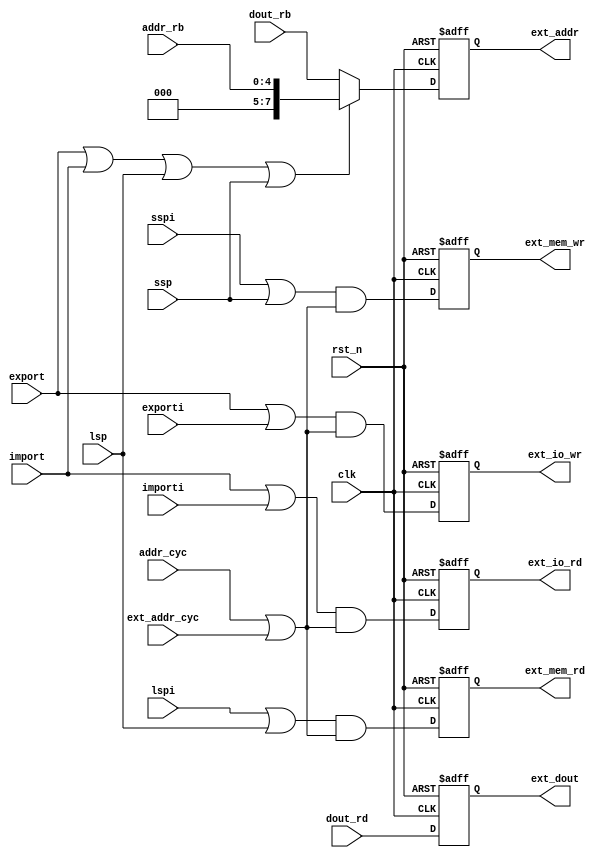
//----------------------------------------------------------------------------
// 
//  Name:   isp8_io_cntl.v
// 
//  Description:  Input/Output control logic
// 
//  $Revision: 1.0 $
//  
//----------------------------------------------------------------------------
// Permission:
//
//   Lattice Semiconductor grants permission to use this code for use
//   in synthesis for any Lattice programmable logic product.  Other
//   use of this code, including the selling or duplication of any
//   portion is strictly prohibited.
//
// Disclaimer:
//
//   This VHDL or Verilog source code is intended as a design reference
//   which illustrates how these types of functions can be implemented.
//   It is the user's responsibility to verify their design for
//   consistency and functionality through the use of formal
//   verification methods.  Lattice Semiconductor provides no warranty
//   regarding the use or functionality of this code.
//----------------------------------------------------------------------------
//
//    Lattice Semiconductor Corporation
//    5555 NE Moore Court
//    Hillsboro, OR 97124
//    U.S.A
//
//    TEL: 1-800-Lattice (USA and Canada)
//    408-826-6000 (other locations)
//
//    web: http://www.latticesemi.com/
//--------------------------------------------------------

module  isp8_io_cntl #(
              parameter PORT_AW=8
                       )
                      (
                       clk         ,
                       rst_n       ,
                       import      ,
                       importi     ,
                       export      ,
                       exporti     ,
                       ssp         ,
                       sspi        ,
                       lsp         ,
                       lspi        ,
                       addr_cyc    ,
                       ext_addr_cyc,
                       addr_rb     ,
                       dout_rd     ,
                       dout_rb     ,
                       ext_addr    ,
                       ext_dout    ,
                       ext_mem_wr  ,
                       ext_mem_rd  ,
                       ext_io_wr   ,
                       ext_io_rd   
                       );
    //inputs 
     input           clk          ;                    
     input           rst_n        ;
     input           import       ;
     input           importi      ;
     input           export       ;
     input           exporti      ;
     input           ssp          ;
     input           sspi         ;
     input           lsp          ;
     input           lspi         ;
     input           addr_cyc     ;
     input           ext_addr_cyc ;
            
     input  [4:0]            addr_rb    ;
     input  [7:0]            dout_rd    ;
     input  [7:0]            dout_rb    ;
     //outputs 
     output  [PORT_AW - 1:0]  ext_addr   ;
     output  [7:0]            ext_dout   ;
     output                   ext_mem_wr ;
     output                   ext_mem_rd ;
     output                   ext_io_wr  ;
     output                   ext_io_rd  ;
  //-------------------------------------

      reg  [PORT_AW - 1:0]  ext_addr     ;   
      reg  [7:0]            ext_dout     ;
      reg                   ext_mem_wr   ;
      reg                   ext_mem_rd   ;
      reg                   ext_io_wr    ;
      reg                   ext_io_rd    ;
      
always @(posedge clk or negedge rst_n) 
begin
if (!rst_n) begin  
           ext_dout  <= 0;
           ext_io_wr <= 0;
           ext_io_rd <= 0;
end
else begin
           ext_dout  <= dout_rd;
           ext_io_wr <= (export | exporti) & (addr_cyc || ext_addr_cyc);
           ext_io_rd <= (import | importi) & (addr_cyc || ext_addr_cyc); 
end
end


always @(posedge clk or negedge rst_n) 
begin
if (!rst_n) 
  ext_addr <= 0;
else if ((export ) | (import ) || (lsp ) || (ssp )) 
  ext_addr <= {3'b000,addr_rb};
else
  ext_addr <= dout_rb[PORT_AW - 1: 0];
end


always @(posedge clk or negedge rst_n) 
begin
if (!rst_n) begin  
    ext_mem_wr  <= 0;
    ext_mem_rd  <= 0;
end
else begin
    ext_mem_wr  <= (sspi || ssp) & (addr_cyc || ext_addr_cyc);
    ext_mem_rd  <= (lspi || lsp) & (addr_cyc || ext_addr_cyc);
end
end


endmodule